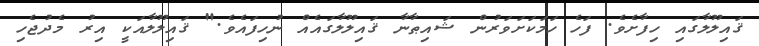
ޤައިލޫލާގައި ހިފާށެވެ. ފަހެ ހަމަކަށަވަރުން ޝައިޠާނާ ޤައިލޫލާގައެއް ނުހިފައެވެ." ޤައިލޫލާއަކީ އިރު މެދުޖެހި